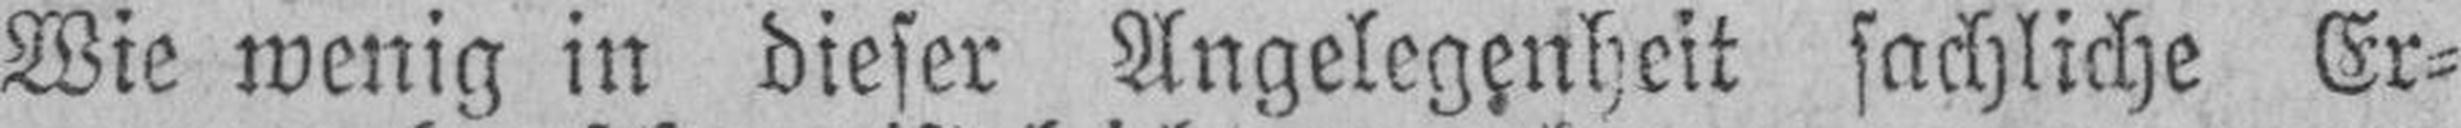
Wie wenig in dieser Angelegenheit sachliche Er¬